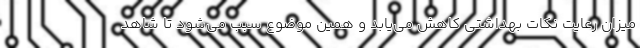
میزان رعایت نکات بهداشتی کاهش می‌یابد و همین موضوع سبب می‌شود تا شاهد